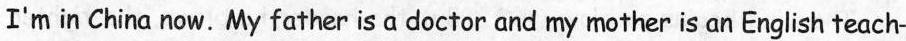
I'm in China now.My father is a doctor and my mother is an English teach-